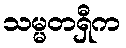
သမ္မတရှီက